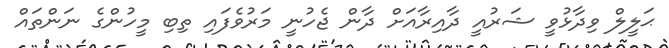
ޙަލީލް ވިދާޅުވީ ޝަރުއީ ދާއިރާއަށް ދާން ޖެހުނީ މަރުވެފައި ތިބި މީހުންގެ ނަންތައް